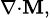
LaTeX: \scriptstyle\nabla\cdot\mathbf{M},